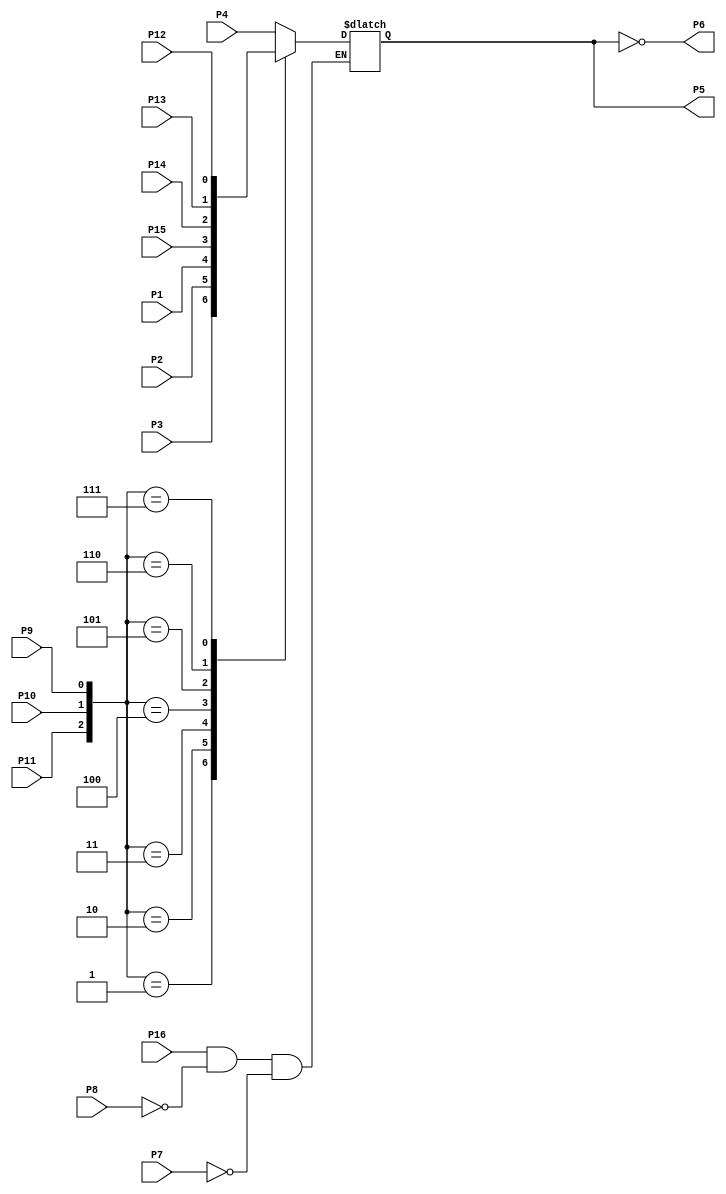
//================================================================--
// Design Unit	: sn74151 (behaviour) 
//
//
// Purpose	: SN74151
//
//
// Environmant	: Icarus
//-------------------------------------------------------------------
// Revision List	
// Version	Author	         Date	      Changes
// 1.0      Daniel Guenther   2016-11-09  Filled in wires
//================================================================--

module sn74151 (P1,P2,P3,P4,P5,P6,P7,P8,P9,P10,P11,P12,P13,P14,P15,P16); 

   input wire P4, P3, P2, P1, P15, P14, P13, P12, P7, P11, P10, P9, P8, P16;
   //         I0  I1  I2  I3  I4   I5   I6   I7   E   S0   S1   S2  GND VCC
   output reg P5;  // Z
   output wire P6; // Z_BAR

   assign P6 = ~P5;

   always @(P1, P2, P3, P4, P7, P8, P9, P10, P11, P12, P13, P14, P15, P16) begin

      if ((P16 == 1'b 1) && (P8 == 1'b 0) &&  (P7 == 1'b 0)) begin
      
         case ({P11,P10,P9})
            3'b000: P5=P4; 
            3'b001: P5=P3;
            3'b010: P5=P2;
            3'b011: P5=P1;
            3'b100: P5=P15;
            3'b101: P5=P14;
            3'b110: P5=P13;
            3'b111: P5=P12;
         endcase 
      end
      
   end

endmodule